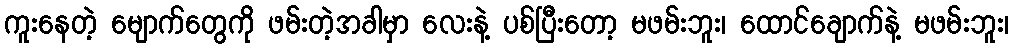
ကူးနေတဲ့ မျောက်တွေကို ဖမ်းတဲ့အခါမှာ လေးနဲ့ ပစ်ပြီးတော့ မဖမ်းဘူး၊ ထောင်ချောက်နဲ့ မဖမ်းဘူး၊